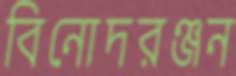
বিনোদরঞ্জন